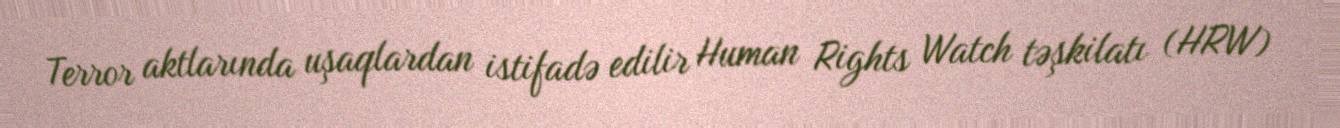
Terror aktlarında uşaqlardan istifadə edilir Human Rights Watch təşkilatı (HRW)